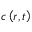
c \left( r , t \right)